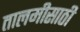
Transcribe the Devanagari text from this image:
तालमीसाठी